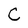
Character: C